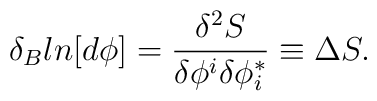
\delta_B ln[d\phi] = \frac{\delta^2 S}{\delta\phi^i\delta\phi^*_i}\equiv \Delta S.